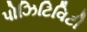
પોઝિટિવિટી